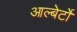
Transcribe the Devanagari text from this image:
आल्बेर्टो